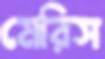
মেরিস